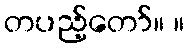
တပည့်တော်။ ။